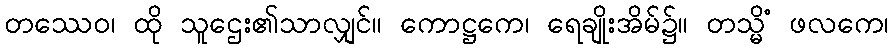
တဿေဝ၊ ထို သူဌေး၏သာလျှင်။ ကောဋ္ဌကေ၊ ရေချိုးအိမ်၌။ တသ္မိံ ဖလကေ၊